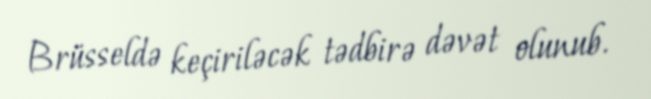
Brüsseldə keçiriləcək tədbirə dəvət olunub.